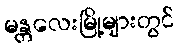
မန္တလေးမြို့များတွင်